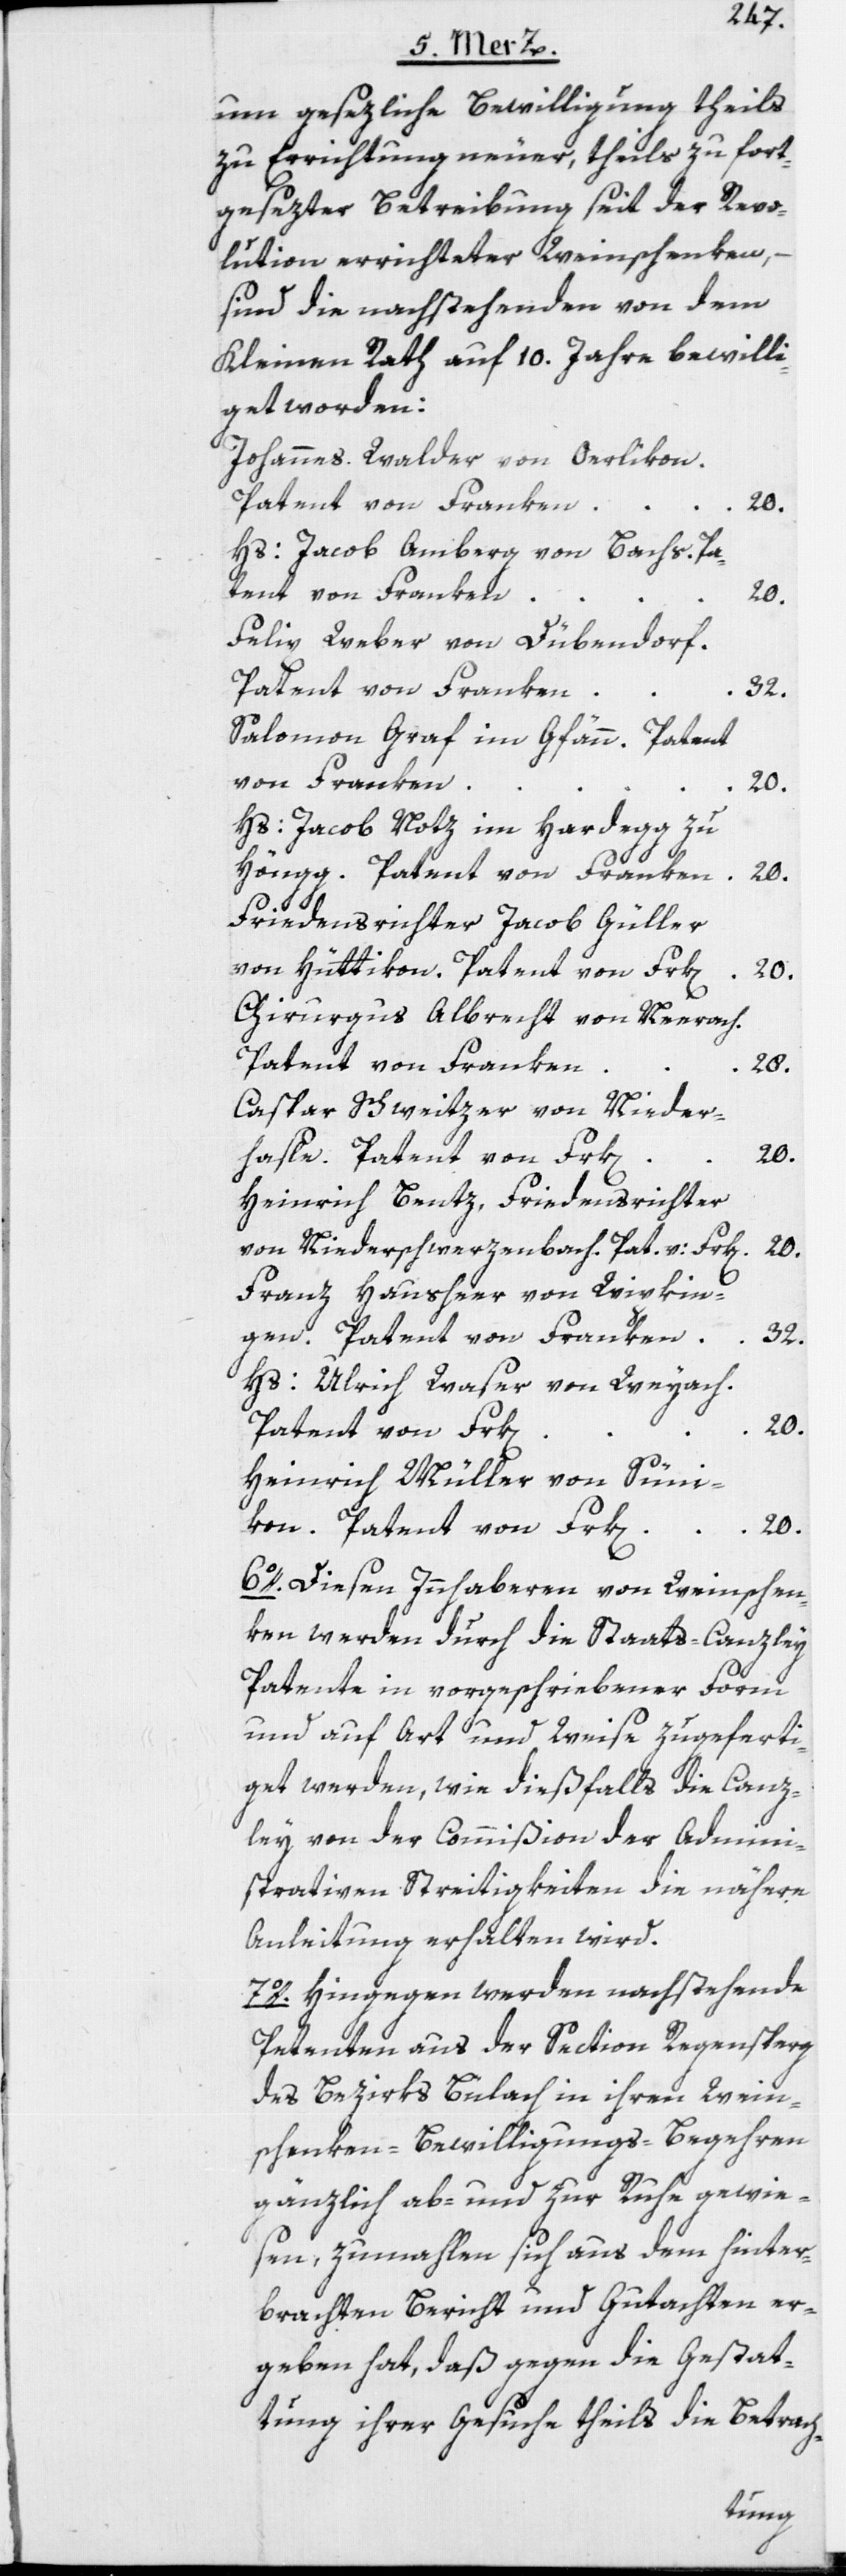
um gesezliche Bewilligung theils
zu Errichtung neuer, theils zu fort¬
gesezter Betreibung seit der Revo¬
lution errichteter Weinschenken,
sind die nachstehenden von dem
Kleinen Rath auf 10. Jahre bewilli¬
get worden:
Johannes Walder von Oerlikon.
Patent von Franken
20.
Hs: Jacob Amberg von Bachs. Pa¬
tent von Franken
20.
Felix Weber von Dübendorf.
Patent von Franken
32.
n]
Salomon Graf im Gfänn. Patent
von Franken
20.
Hs: Jacob Notz im Hardegg zu
Höngg. Patent von Franken
20.
Friedensrichter Jacob Güller
von Hüttikon. Patent von Frk[en]
20.
Chirurgus Albrecht von Neerach.
Patent von Franken
28.
Caspar Schweitzer von Nieder¬
hasle. Patent von Frk[en]
20.
Heinrich Bentz, Friedensrichter
von Niederschwerzenbach. Pat. v: Frk[en]
20.
Franz Hausheer von Wipkin¬
gen. Patent von Franken
32.
Hs: Ulrich Waser von Weyach.
Patent von Frk[e¬
Heinrich Müller von Süni¬
kon. Patent von Frk[en]
20.
6o. Diesen Innhaberen von Weinschen¬
ken werden durch die Staats-Canzley
Patente in vorgeschriebener Form
und auf Art und Weise zugeferti¬
get werden, wie dießfalls die Canz¬
ley von der Commißion der Admini¬
strativen Streitigkeiten die nähere
Anleitung erhalten wird.
7o. Hingegen werden nachstehende
Petenten aus der Section Regensperg
des Bezirks Bülach in ihren Wein¬
schenken-Bewilligungs-Begehren
gänzlich ab- und zur Ruhe gewie¬
sen, zumahlen sich aus dem hinter¬
brachten Bericht und Gutachten er¬
geben hat, daß gegen die Gestat¬
tung ihrer Gesuche theils die Betrach-